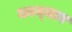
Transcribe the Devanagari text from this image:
काम्धार